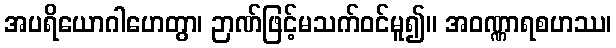
အပရိယောဂါဟေတွာ၊ ဉာဏ်ဖြင့်မသက်ဝင်မူ၍။ အဝဏ္ဏာရစဟဿ၊